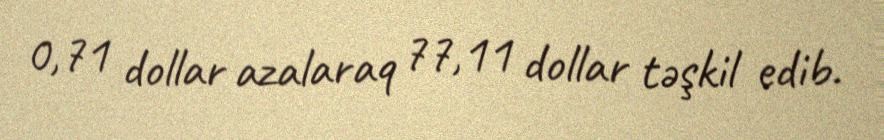
0,71 dollar azalaraq 77,11 dollar təşkil edib.